Notes on the propagation and cultivation of the medicinal cinchonas, or Peruvian bark trees
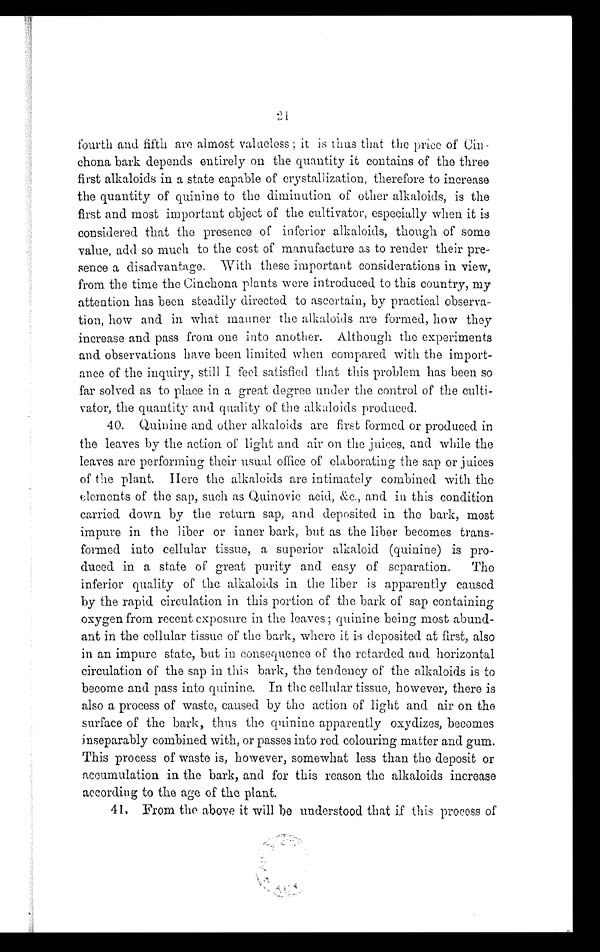
21
fourth and fifth are almost valueless ; it is thus that the price of Cin -
chona bark depends entirely on the quantity it contains of the three
first alkaloids in a state capable of crystallization, therefore to increase
the quantity of quinine to the diminution of other alkaloids, is the
first and most important object of the cultivator, especially when it is
considered that the presence of inferior alkaloids, though of some
value, add so much to the cost of manufacture as to render their pre-
sence a disadvantage. With these important considerations in view,
from the time the Cinchona plants were introduced to this country, my
attention has been steadily directed to ascertain, by practical observa-
tion, how and in what manner the alkaloids are formed, how they
increase and pass from one into another. Although the experiments
and observations have been limited when compared with the import-
ance of the inquiry, still I feel satisfied that this problem has been so
far solved as to place in a great degree under the control of the culti-
vator, the quantity and quality of the alkaloids produced.
40. Quinine and other alkaloids are first formed or produced in
the leaves by the action of light and air on the juices, and while the
leaves are performing their usual office of elaborating the sap or juices
of the plant. Here the alkaloids are intimately combined with the
elements of the sap, such as Quinovic acid, &amp;c., and in this condition
carried down by the return sap, and deposited in the bark, most
impure in the liber or inner bark, but as the liber becomes trans-
formed into cellular tissue, a superior alkaloid (quinine) is pro-
duced in a state of great purity and easy of separation. The
inferior quality of the alkaloids in the liber is apparently caused
by the rapid circulation in this portion of the bark of sap containing
oxygen from recent exposure in the leaves; quinine being most abund-
ant in the cellular tissue of the bark, where it is deposited at first, also
in an impure state, but in consequence of the retarded and horizontal
circulation of the sap in this bark, the tendency of the alkaloids is to
become and pass into quinine. In the cellular tissue, however, there is
also a process of waste, caused by the action of light and air on the
surface of the bark, thus the quinine apparently oxydizes, becomes
inseparably combined with, or passes into red colouring matter and gum.
This process of waste is, however, somewhat less than the deposit or
accumulation in the bark, and for this reason the alkaloids increase
according to the age of the plant.
41. From the above it will be understood that if this process of